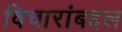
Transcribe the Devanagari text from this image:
विचारांबद्दल